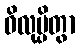
ဝိလုမ္ပိတွာ